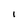
Character: I